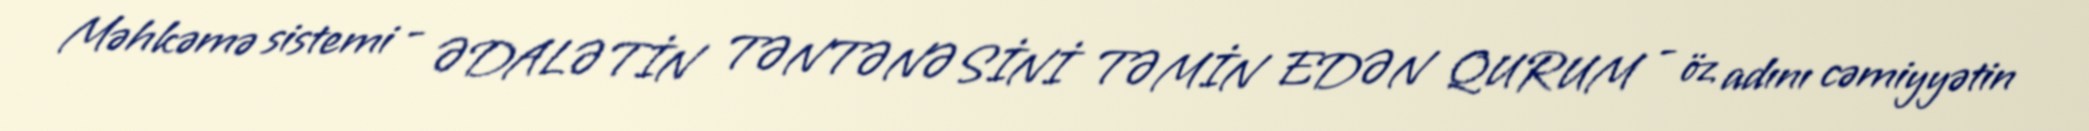
Məhkəmə sistemi - ƏDALƏTİN TƏNTƏNƏSİNİ TƏMİN EDƏN QURUM - öz adını cəmiyyətin